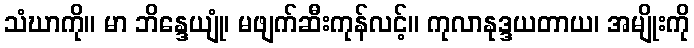
သံဃာကို။ မာ ဘိန္ဒေယျုံ၊ မဖျက်ဆီးကုန်လင့်။ ကုလာနုဒ္ဒယတာယ၊ အမျိုးကို